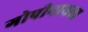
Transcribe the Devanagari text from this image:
गोपीनाथचा